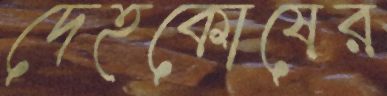
দেহকোষের